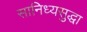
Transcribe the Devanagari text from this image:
सानिध्यसुद्धा